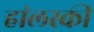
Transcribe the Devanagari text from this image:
हा॓लस्की